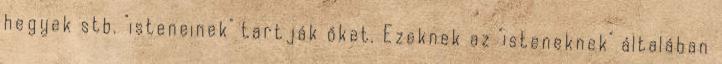
hegyek stb. "isteneinek" tartják őket. Ezeknek az "isteneknek" általában